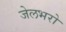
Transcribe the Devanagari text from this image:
जेलभरो